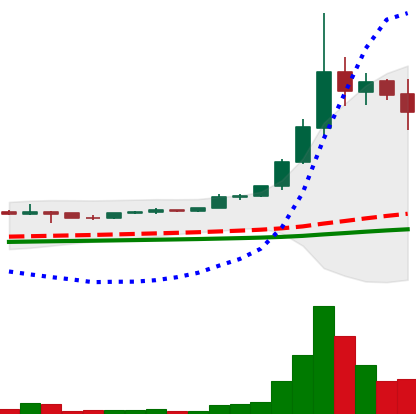
Ticker: ETC-USD
Chart end date: 2021-05-10
Forward return: -9.386%
Label: down_7plus